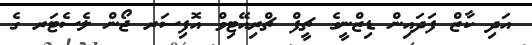
އަދި ކާޒް ފަދައިން ޑިޒްނީގެ ޗީފް ޗްރިއޭޓިވް އޮފިސަރ ޖޯން ލެސެޓަރ ގެ